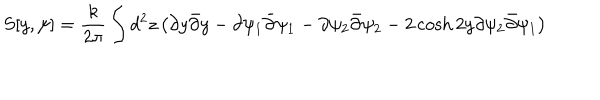
LaTeX: S [ y , \psi ] = \frac { k } { 2 \pi } \int d ^ { 2 } z \left( \partial y \bar { \partial } y - \partial \psi _ { 1 } \bar { \partial } \psi _ { 1 } - \partial \psi _ { 2 } \bar { \partial } \psi _ { 2 } - 2 \cosh { 2 y } \partial \psi _ { 2 } \bar { \partial } \psi _ { 1 } \right)